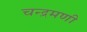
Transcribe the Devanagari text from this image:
चन्द्रमणी